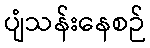
ပျံသန်းနေစဉ်